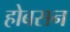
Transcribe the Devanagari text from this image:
होबसन